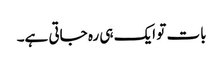
بات تو ایک ہی رہ جاتی ہے۔